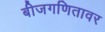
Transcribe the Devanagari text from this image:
बीजगणितावर